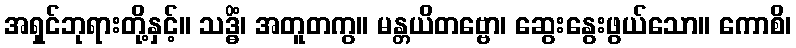
အရှင်ဘုရားတို့နှင့်။ သဒ္ဓိံ၊ အတူတကွ။ မန္တယိတဗ္ဗော၊ ဆွေးနွေးဖွယ်သော။ ကောစိ၊